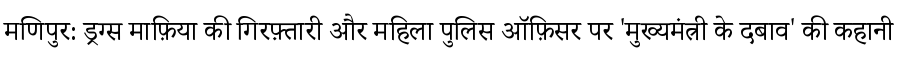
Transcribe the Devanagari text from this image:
मणिपुर: ड्रग्स माफ़िया की गिरफ़्तारी और महिला पुलिस ऑफ़िसर पर 'मुख्यमंत्री के दबाव' की कहानी